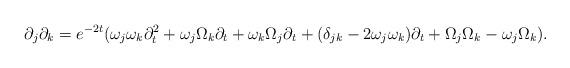
LaTeX: \begin{align*}\partial_{j}\partial_{k}=e^{-2t}(\omega_{j}\omega_{k}\partial_{t}^{2}+\omega_{j}\Omega_{k}\partial_{t}+\omega_{k}\Omega_{j}\partial_{t}+(\delta_{jk}-2\omega_{j}\omega_{k})\partial_{t}+\Omega_{j}\Omega_{k}-\omega_{j}\Omega_{k}).\end{align*}